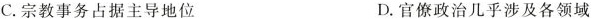
C.宗教事务占据主导地位 D.官僚政治几乎涉及各领域